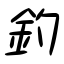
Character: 釣